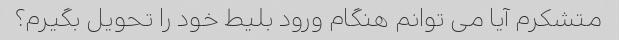
متشکرم آیا می توانم هنگام ورود بلیط خود را تحویل بگیرم؟